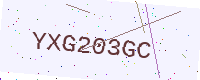
Text: YXG203GC